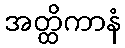
အတ္ထိကာနံ